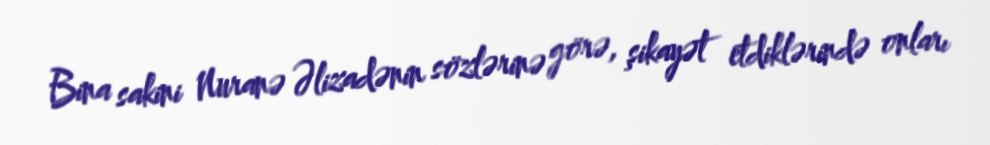
Bina sakini Nuranə Əlizadənin sözlərinə görə, şikayət etdiklərində onları